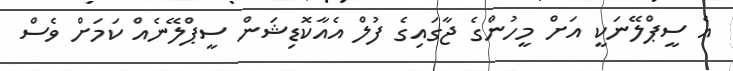
އެ ސީޕްލޭނަކީ އަށް މީހުންގެ ޖާގައިގެ ފުލް އެއާކޮޑިޝަން ސީޕްލޭނެއް ކަމަށް ވެސް